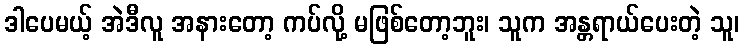
ဒါပေမယ့် အဲဒီလူ အနားတော့ ကပ်လို့ မဖြစ်တော့ဘူး၊ သူက အန္တရာယ်ပေးတဲ့ သူ၊